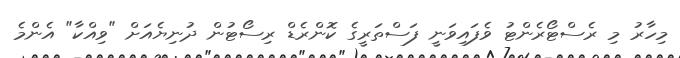
މިހާރު މި ރެސްޓޯރެންޓު ވެފައިވަނީ ފަސްތަރީގެ ކޮންރެޑް ރިސޯޓުން ދުނިޔެއަށް "ވިއްކާ" އެންމެ